Indian journal of veterinary science and animal husbandry - Volume 4,
Year: 1934
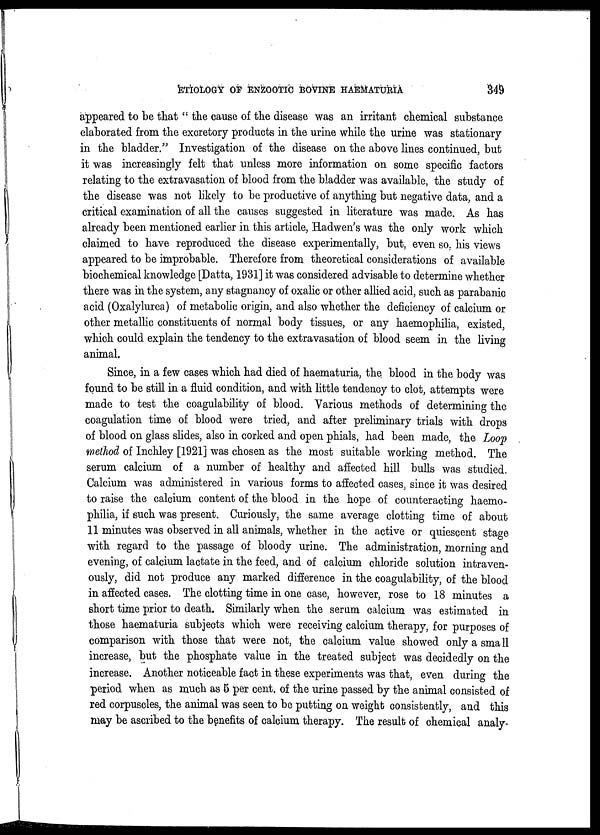
ETIOLOGY OF ENZOOTIC BOVINE HAEMATURIA
349
appeared to be that " the cause of the disease was an irritant chemical substance
elaborated from the excretory products in the urine while the urine was stationary
in the bladder." Investigation of the disease on the above lines continued, but
it was increasingly felt that unless more information on some specific factors
relating to the extravasation of blood from the bladder was available, the study of
the disease was not likely to be productive of anything but negative data, and a
critical examination of all the causes suggested in literature was made. As has
already been mentioned earlier in this article, Hadwen's was the only work which
claimed to have reproduced the disease experimentally, but, even so, his views
appeared to be improbable. Therefore from theoretical considerations of available
biochemical knowledge [Datta, 1931] it was considered advisable to determine whether
there was in the system, any stagnancy of oxalic or other allied acid, such as parabanic
acid (Oxalylurea) of metabolic origin, and also whether the deficiency of calcium or
other metallic constituents of normal body tissues, or any haemophilia, existed,
which could explain the tendency to the extravasation of blood seem in the living
animal.
Since, in a few cases which had died of haematuria, the blood in the body was
found to be still in a fluid condition, and with little tendency to clot, attempts were
made to test the coagulability of blood. Various methods of determining the
coagulation time of blood were tried, and after preliminary trials with drops
of blood on glass slides, also in corked and open phials, had been made, the Loop
method of Inchley [1921] was chosen as the most suitable working method. The
serum calcium of a number of healthy and affected hill bulls was studied.
Calcium was administered in various forms to affected cases, since it was desired
to raise the calcium content of the blood in the hope of counteracting haemo-
philia, if such was present. Curiously, the same average clotting time of about
11 minutes was observed in all animals, whether in the active or quiescent stage
with regard to the passage of bloody urine. The administration, morning and
evening, of calcium lactate in the feed, and of calcium chloride solution intraven-
ously, did not produce any marked difference in the coagulability, of the blood
in affected cases. The clotting time in one case, however, rose to 18 minutes a
short time prior to death. Similarly when the serum calcium was estimated in
those haematuria subjects which were receiving calcium therapy, for purposes of
comparison with those that were not, the calcium value showed only a small
increase, but the phosphate value in the treated subject was decidedly on the
increase. Another noticeable fact in these experiments was that, even during the
period when as much as 5 per cent. of the urine passed by the animal consisted of
red corpuscles, the animal was seen to be putting on weight consistently, and this
may be ascribed to the benefits of calcium therapy. The result of chemical analy-